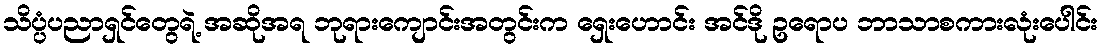
သိပ္ပံပညာရှင်တွေရဲ့ အဆိုအရ ဘုရားကျောင်းအတွင်းက ရှေးဟောင်း အင်ဒို ဥရောပ ဘာသာစကားလုံးပေါင်း